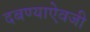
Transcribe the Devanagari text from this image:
दबण्याऐवजी